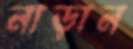
নাড়ান